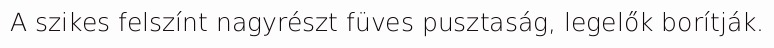
A szikes felszínt nagyrészt füves pusztaság, legelők borítják.